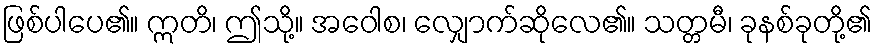
ဖြစ်ပါပေ၏။ ဣတိ၊ ဤသို့။ အဝေါစ၊ လျှောက်ဆိုလေ၏။ သတ္တမီ၊ ခုနစ်ခုတို့၏